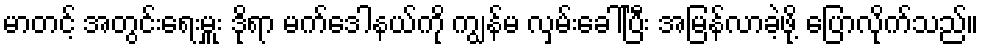
မာတင့် အတွင်းရေးမှူး ဒိုရာ မက်ဒေါနယ်ကို ကျွန်မ လှမ်းခေါ်ပြီး အမြန်လာခဲ့ဖို့ ပြောလိုက်သည်။